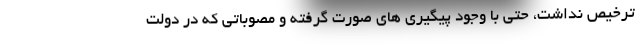
ترخیص نداشت، حتی با وجود پیگیری های صورت گرفته و مصوباتی که در دولت